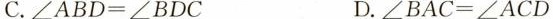
C.$$∠ A B D = ∠ B D C$$ D.$$∠ B A C = ∠ A C D$$